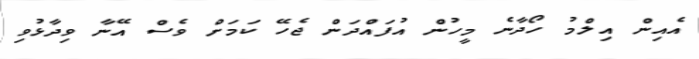
އެއިން އިލްމު ހޯދާނެ މީހުން އުފައްދަން ޖެހޭ ކަމަށް ވެސް އޭނާ ވިދާޅުވި